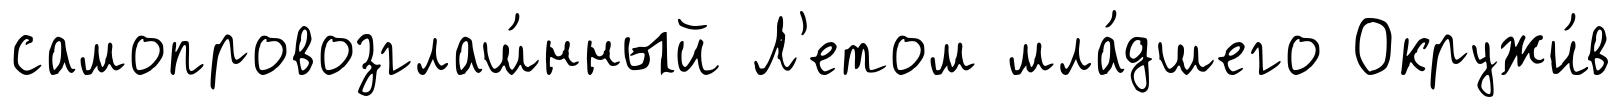
самопровозглаш́нный Л'етом мла́дшего Окружи́в